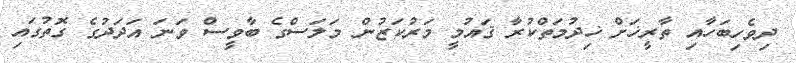
ދިވެހިބަހާއި ތާރީޚަށް ޚިދުމަތްކުރާ ޤައުމީ މަރުކަޒުން މަލަސްގެ ބާވީސް ވަނަ އަދަދުގެ ގޮތުގައި